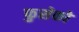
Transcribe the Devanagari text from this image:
फुसेको